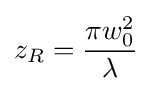
z_{R}={\frac {\pi w_{0}^{2}}{\lambda }}